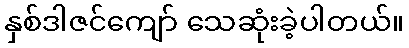
နှစ်ဒါဇင်ကျော် သေဆုံးခဲ့ပါတယ်။